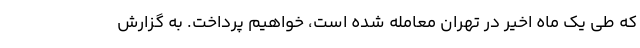
که طی یک ماه اخیر در تهران معامله شده است، خواهیم پرداخت. به گزارش